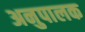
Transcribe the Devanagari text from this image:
अनुपालक